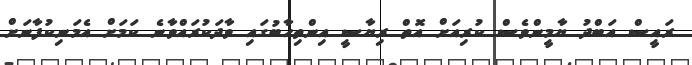
ރައީސް އަބްދު ޔާމީންވެސް ކުރިއަށް އޮތް ރިޔާސީ އިންތިހާބުގައި ވާދަކުރައްވާނެ ކަަމަށް އެމަނިކުފާނަށް